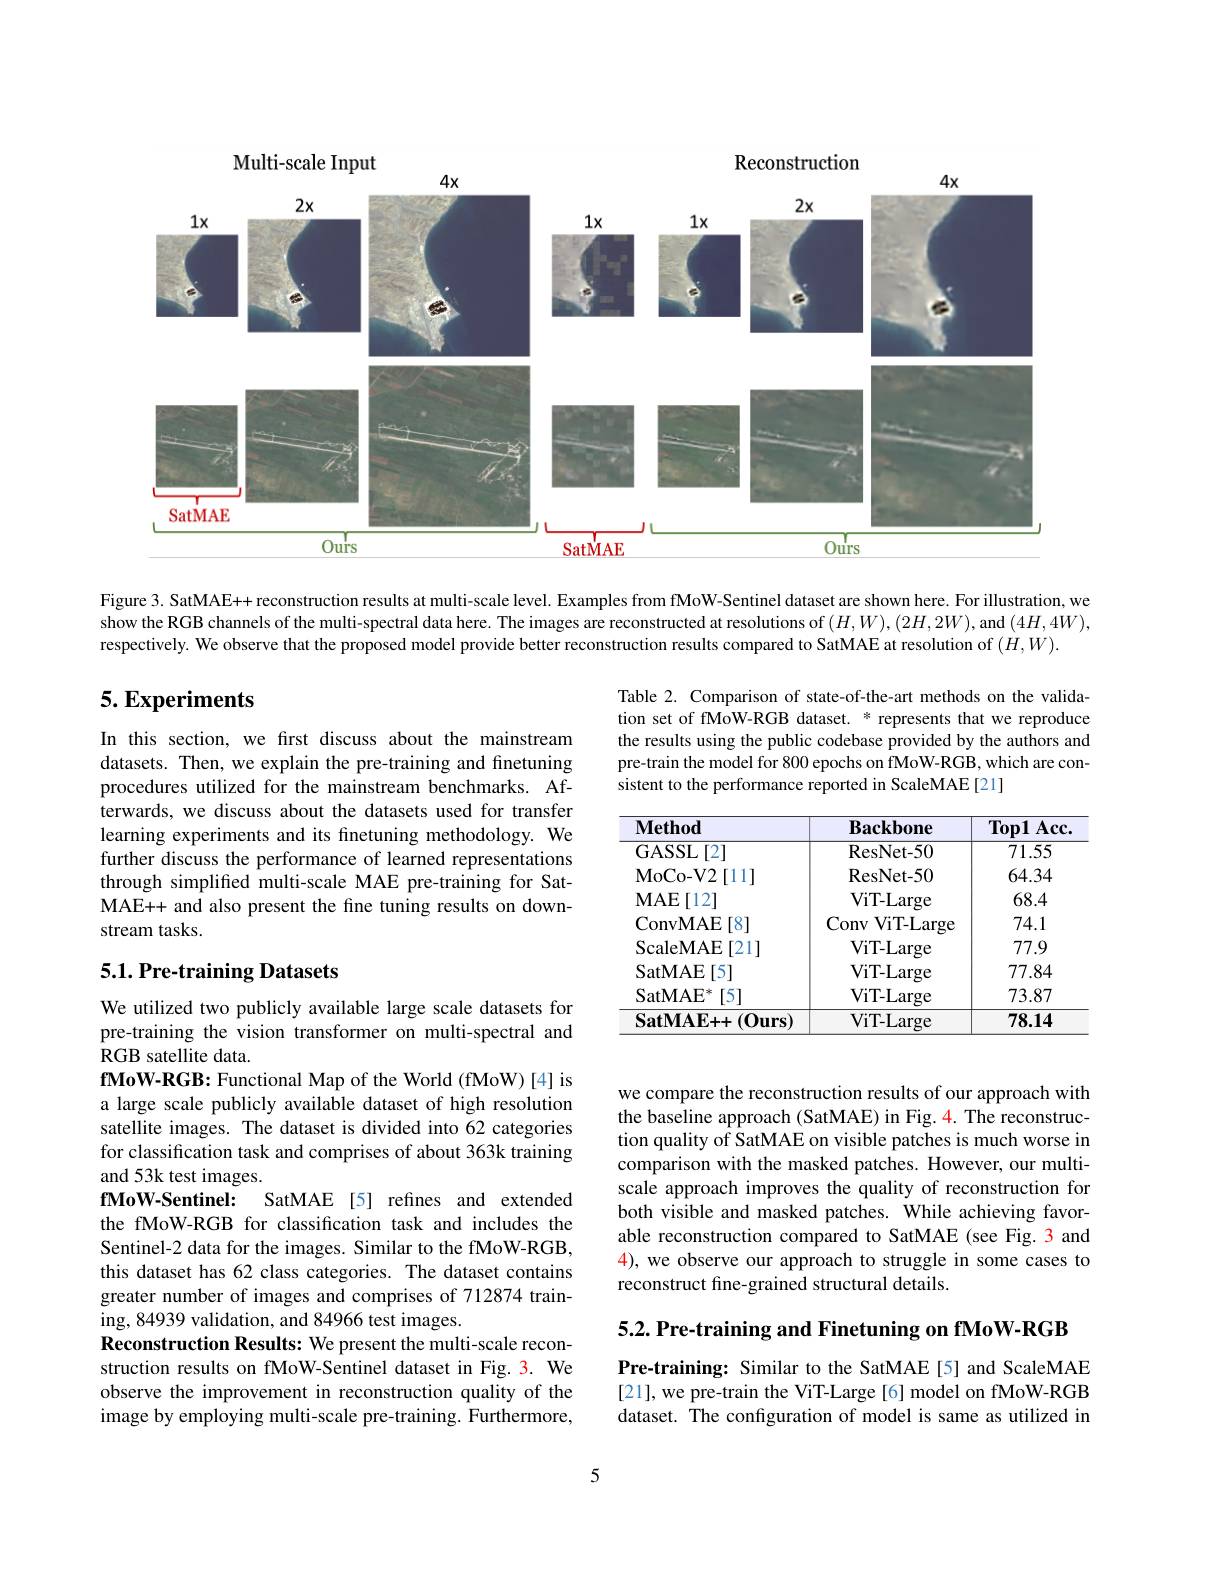
<FigureHere>

Figure 3. SatMAE++ reconstruction results at multi-scale level. Examples from fMoW-Sentinel dataset are shown here. For illustration, we show the RGB channels of the multi-spectral data here. The images are reconstructed at resolutions of $(H,W),(2H,2W)$, and $(4H,4W)$, respectively. We observe that the proposed model provide better reconstruction results compared to SatMAE at resolution of $(H,W).$

## 5. Experiments

Table 2. Comparison of state-of-the-art methods on the validation set of fMoW-RGB dataset. * represents that we reproduce the results using the public codebase provided by the authors and pre-train the model for 800 epochs on fMoW-RGB, which are consistent to the performance reported in ScaleMAE[21]

In this section, we first discuss about the mainstream datasets. Then, we explain the pre-training and finetuning procedures utilized for the mainstream benchmarks. Afterwards, we discuss about the datasets used for transfer learning experiments and its finetuning methodology. We further discuss the performance of learned representations through simplifed multi-scale MAE pre-training for SatMAE++ and also present the fine tuning results on downstream tasks.

<table>
	<tbody>
		<tr>
			<th>$\mathbf{Method}$</th>
			<th>$\mathbf{Backbone}$</th>
			<th>$Top1$ Acc</th>
		</tr>
		<tr>
			<td>GASSL[2]</td>
			<td>ResNet- 50</td>
			<td>71.55</td>
		</tr>
		<tr>
			<td>MoCo- V2 $2\left[11\right]$</td>
			<td>ResNet- 50</td>
			<td>64.34</td>
		</tr>
		<tr>
			<td>$\mathbf{MAE}$ $i[12]$</td>
			<td>ViT- Large</td>
			<td>68.4</td>
		</tr>
		<tr>
			<td>ConvMAE [8]</td>
			<td>Conv ViT- Large</td>
			<td>74.1</td>
		</tr>
		<tr>
			<td>ScaleMAE [21]</td>
			<td>ViT- Large</td>
			<td>77.9</td>
		</tr>
		<tr>
			<td>SatMAE $\Xi[5]$</td>
			<td>ViT- Large</td>
			<td>77.84</td>
		</tr>
		<tr>
			<td>$\mathrm{SatMAE}^{*}$ [5]</td>
			<td>ViT- Large</td>
			<td>73.87</td>
		</tr>
		<tr>
			<td>$\mathbf{SatMAE++}$ $(\mathbf{Ours})$</td>
			<td>ViT- Large</td>
			<td>78.14</td>
		</tr>
	</tbody>
</table>

## 5.1. Pre-training Datasets

we compare the reconstruction results of our approach with the baseline approach (SatMAE) in Fig. 4. The reconstruction quality of SatMAE on visible patches is much worse in comparison with the masked patches. However, our multiscale approach improves the quality of reconstruction for both visible and masked patches. While achieving favorable reconstruction compared to SatMAE (see Fig. 3 and 4), we observe our approach to struggle in some cases to reconstruct fine-grained structural details.

We utilized two publicly available large scale datasets for pre-training the vision transformer on multi-spectral and RGB satellite data.
fMoW-RGB: Functional Map of the World (fMoW) [4] is a large scale publicly available dataset of high resolution satellite images. The dataset is divided into 62 categories for classification task and comprises of about 363k training and 53k test images.
${\mathbf{fMoW-Sentinel:}}$
SatMAE[5] refines and extended
the fMoW-RGB for classification task and includes the Sentinel-2 data for the images. Similar to the fMoW-RGB, this dataset has 62 class categories. The dataset contains greater number of images and comprises of 712874 training, 84939 validation, and 84966 test images.
Reconstruction Results: We present the multi-scale reconstruction results on fMoW-Sentinel dataset in Fig. 3. We observe the improvement in reconstruction quality of the image by employing multi-scale pre-training. Furthermore,

5.2. Pre-training and Finetuning on fMoW-RGB

Pre-training: Similar to the SatMAE[5] and ScaleMAE [21], we pre-train the ViT-Large[6] model on fMoW-RGB dataset. The configuration of model is same as utilized in

5